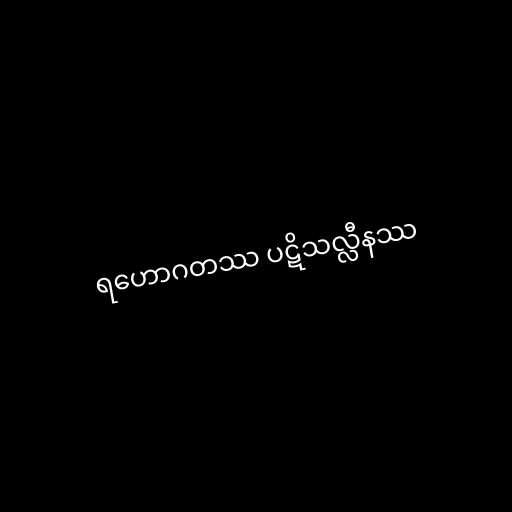
ရဟောဂတဿ ပဋိသလ္လီနဿ